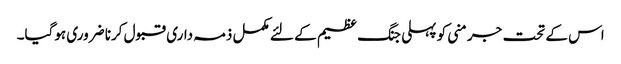
اس کے تحت جرمنی کو پہلی جنگ ‏عظیم کے لئے مکمل ذمہ داری قبول کرنا ضروری ہوگیا۔